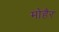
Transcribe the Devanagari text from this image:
मोहैर